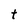
Character: t